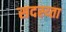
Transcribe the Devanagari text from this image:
सदस्य्ता